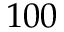
1 0 0